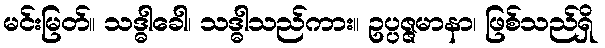
မင်းမြတ်။ သဒ္ဓါခေါ၊ သဒ္ဓါသည်ကား။ ဥပ္ပဇ္ဇမာနာ၊ ဖြစ်သည်ရှိ